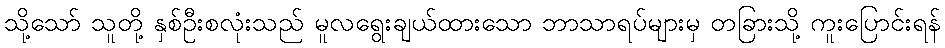
သို့သော် သူတို့ နှစ်ဦးစလုံးသည် မူလရွေးချယ်ထားသော ဘာသာရပ်များမှ တခြားသို့ ကူးပြောင်းရန်